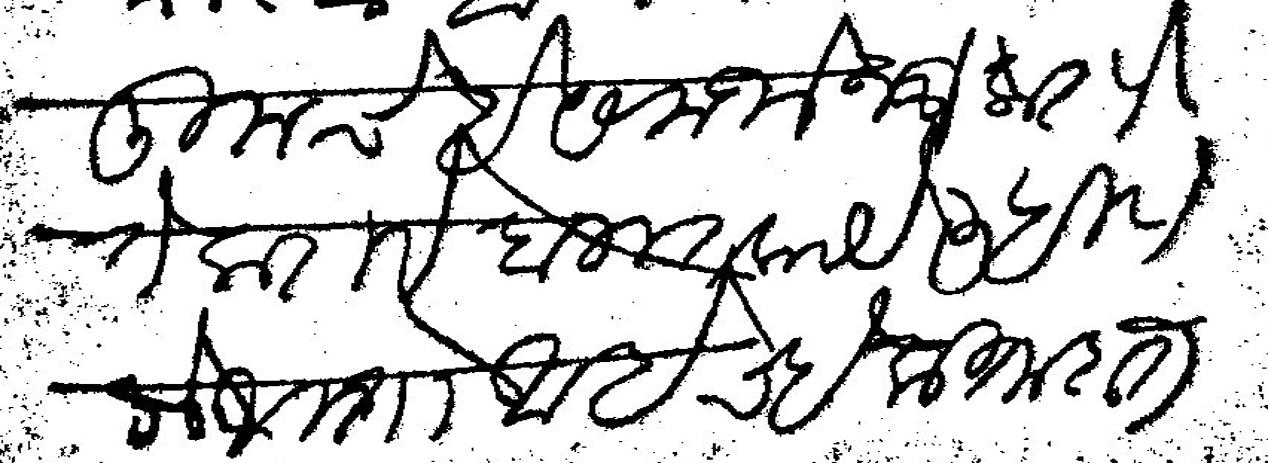
Transliteration (Devanagari): तुमचे हे समजोन जे करणे ते करावे बहुत काये लिहिणे लोभ तो आहेच हे किताबत